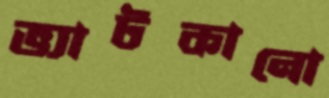
ভ্যাটকানো